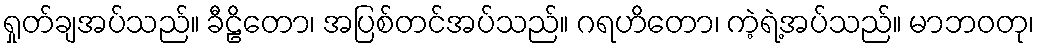
ရှုတ်ချအပ်သည်။ ခီဠိတော၊ အပြစ်တင်အပ်သည်။ ဂရဟိတော၊ ကဲ့ရဲ့အပ်သည်။ မာဘဝတု၊